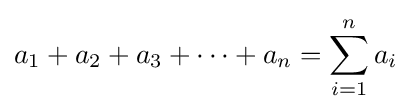
a_{1}+a_{2}+a_{3}+\cdots +a_{n}=\sum _{i=1}^{n}a_{i}